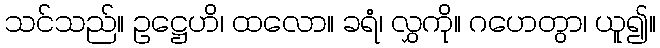
သင်သည်။ ဥဋ္ဌေဟိ၊ ထလော။ ခရံ၊ လွှကို။ ဂဟေတွာ၊ ယူ၍။